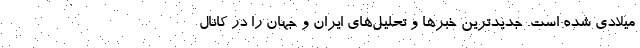
میلادی شده است. جدیدترین خبرها و تحلیل‌های ایران و جهان را در کانال